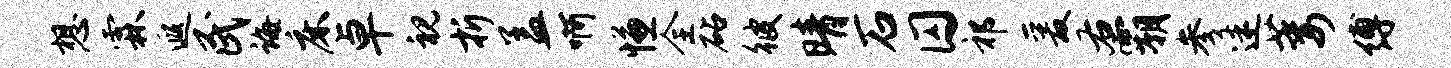
想霖遐民诲床卓视折盖啊慊全砧彼晴石囚祁爰右霸参迷萎缚